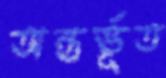
অন্তর্ভূত